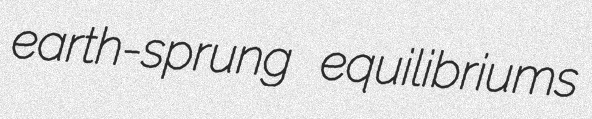
earth-sprung equilibriums